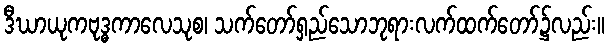
ဒီဃာယုကဗုဒ္ဓကာလေသုစ၊ သက်တော်ရှည်သောဘုရားလက်ထက်တော်၌လည်း။